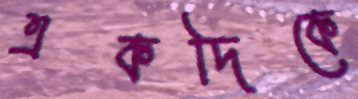
একদিকে